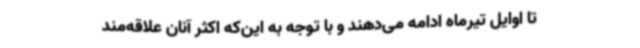
تا اوایل تیرماه ادامه می‌دهند و با توجه به این‌که اکثر آنان علاقه‌مند